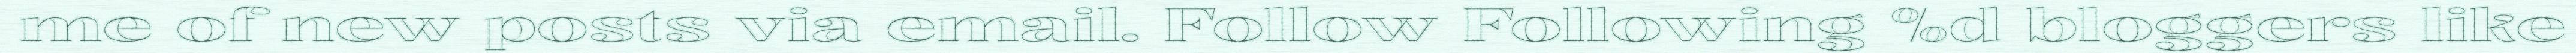
me of new posts via email. Follow Following %d bloggers like